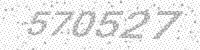
Solution: 570527